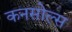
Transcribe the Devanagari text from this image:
कनसोल्स